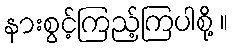
နားစွင့်ကြည့်ကြပါစို့ ။